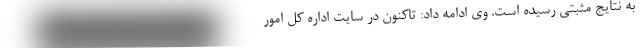
به نتایج مثبتی رسیده است. وی ادامه داد: تاکنون در سایت اداره کل امور